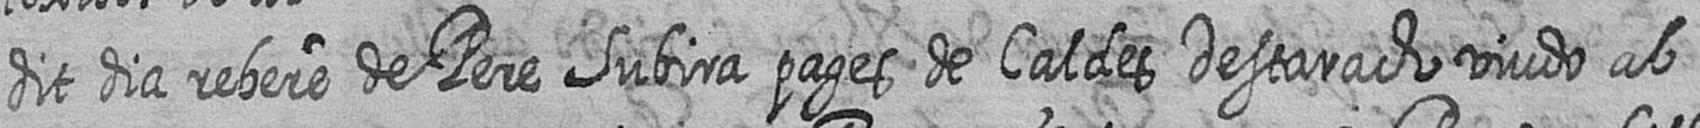
dit dia rebere de Pere Subira pages de Caldes Destarach viudo ab